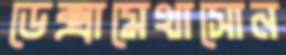
ডেক্সামেথাসোন